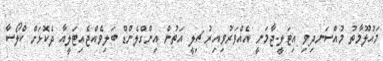
މައުލޫމާތު މުއްސަނދިވި އިޓަލީ-ޖާމަނީ އެއްވަރުވިއިރު ޗިލީ އަތުން އިންގްލެންޑް ބަލިވެއްޖެއިޓަލީއާ ދެކޮޅަށް ކްލޯސާ